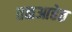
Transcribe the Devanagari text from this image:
तळआहेत